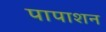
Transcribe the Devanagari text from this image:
पापाशन